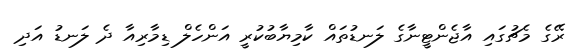
ރޭގެ މެޗުގައި އާޖެންޓީނާގެ ލަނޑުތައް ކާމިޔާބުކުރީ އަންހެލް ޑިމާރިއާ ދެ ލަނޑު އަދި